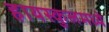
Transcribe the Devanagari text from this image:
हायस्कुलमध्ये